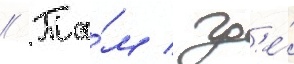
// Та́м / гд'е́